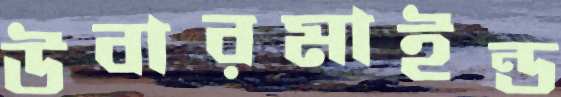
উবারমাইন্ড